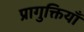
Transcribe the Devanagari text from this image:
प्रागुक्तियाँ